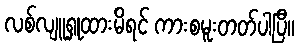
လစ်လျူရှုထားမိရင် ကားစမူးတတ်ပါပြီ။